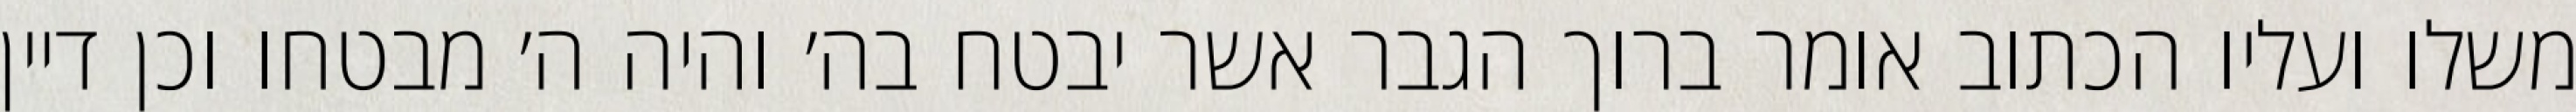
משלו ועליו הכתוב אומר ברוך הגבר אשר יבטח בה׳ והיה ה׳ מבטחו וכן דיין